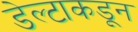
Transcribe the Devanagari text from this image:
डेल्टाकडून